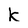
Character: k